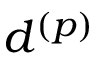
d ^ { ( p ) }